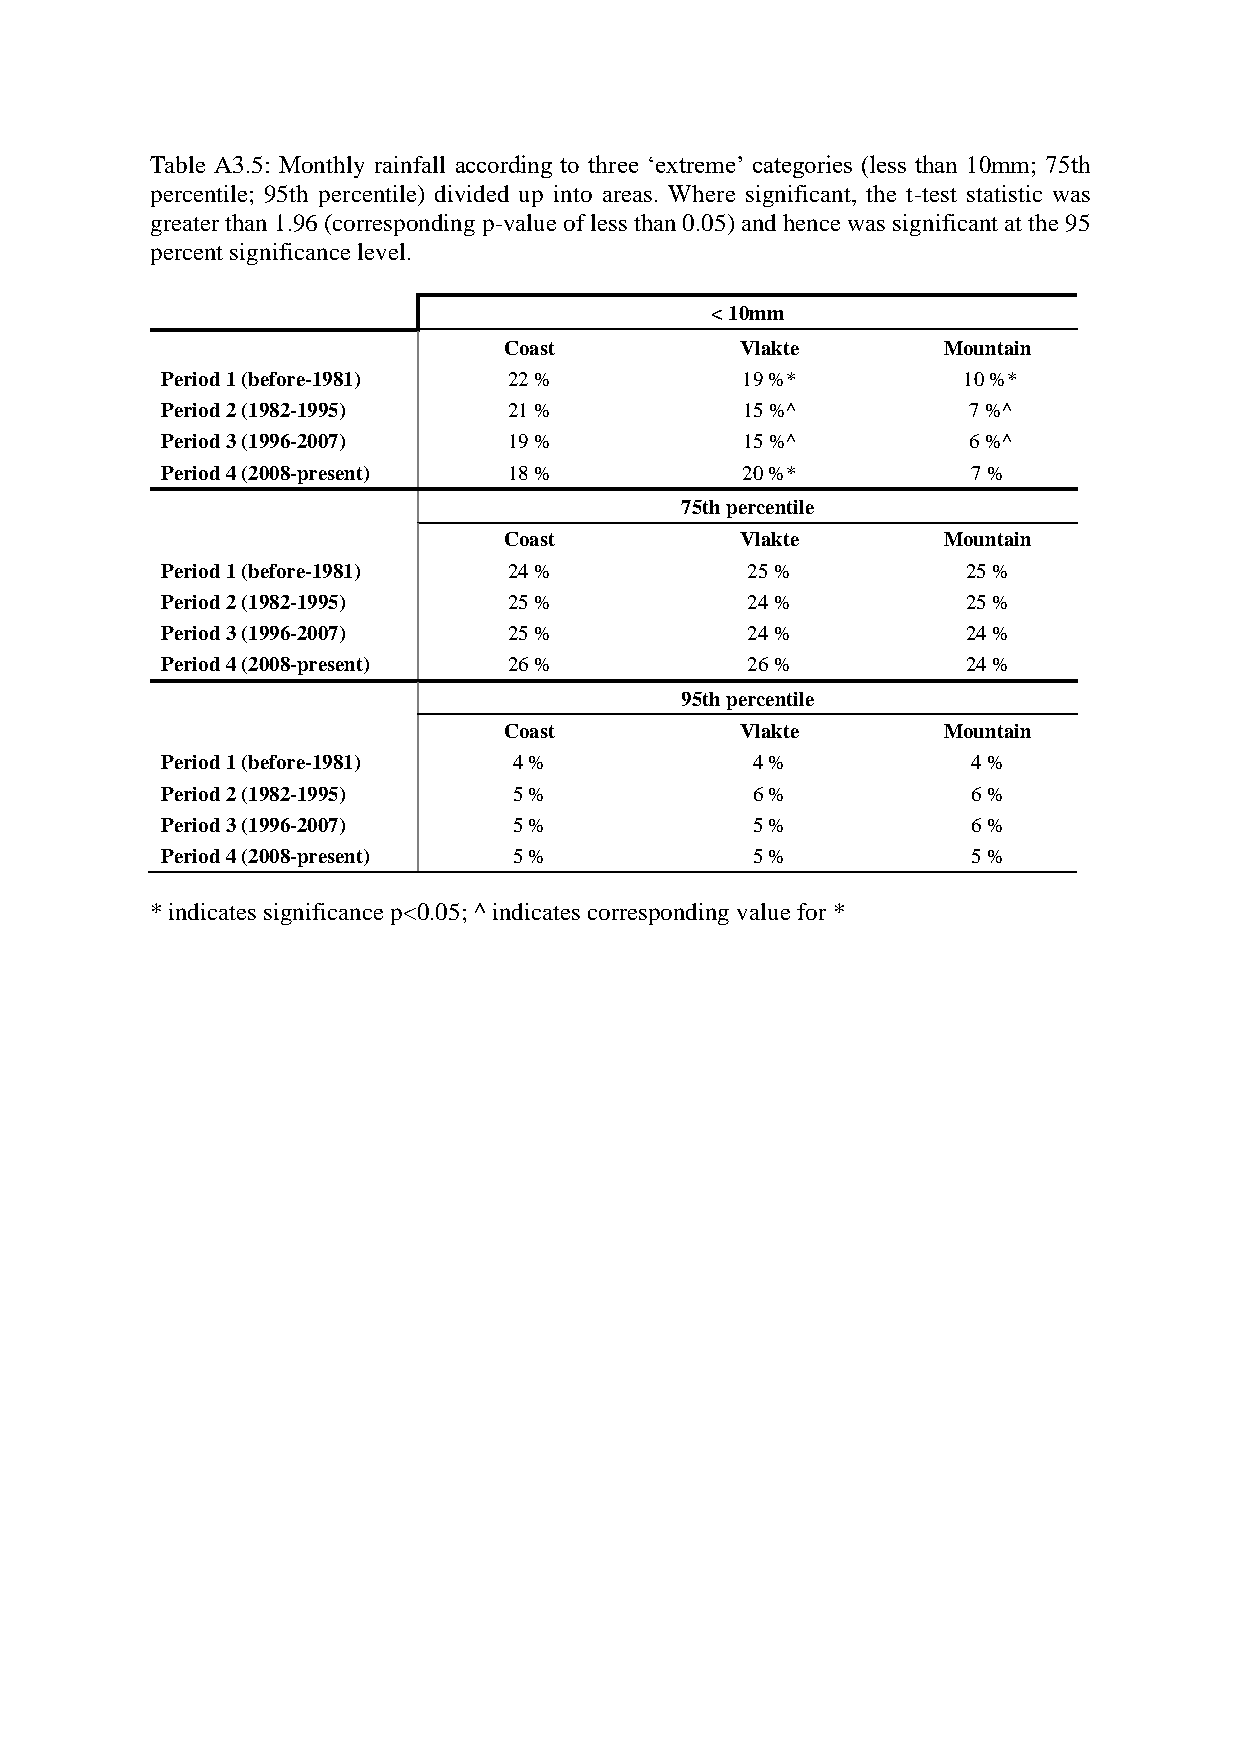
Table A3.5: Monthly rainfall according to three ‘extreme’ categories (less than 10mm; 75th
 percentile; 95th percentile) divided up into areas. Where significant, the t-test statistic was
 greater than 1.96 (corresponding p-value of less than 0.05) and hence was significant at the 95
 percent significance level.
 < 10mm
 Coast           Vlakte       Mountain
 Period 1 (before-1981) 22 %           19 %*          10 %*
 Period 2 (1982-1995)   21 %           15 %^          7 %^
 Period 3 (1996-2007)   19 %           15 %^          6 %^
 Period 4 (2008-present) 18 %          20 %*          7 %
 75th percentile
 Coast           Vlakte       Mountain
 Period 1 (before-1981) 24 %           25 %           25 %
 Period 2 (1982-1995)   25 %           24 %           25 %
 Period 3 (1996-2007)   25 %           24 %           24 %
 Period 4 (2008-present) 26 %          26 %           24 %
 95th percentile
 Coast           Vlakte       Mountain
 Period 1 (before-1981) 4 %             4 %           4 %
 Period 2 (1982-1995)   5 %             6 %           6 %
 Period 3 (1996-2007)   5 %             5 %           6 %
 Period 4 (2008-present) 5 %            5 %           5 %
 * indicates significance p<0.05; ^ indicates corresponding value for *